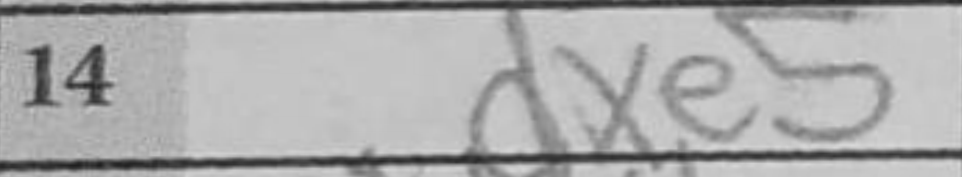
Transcription: dxe5